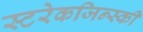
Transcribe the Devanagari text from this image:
स्टरेकजिन्स्की